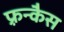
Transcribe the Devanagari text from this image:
फ़्रन्कैस